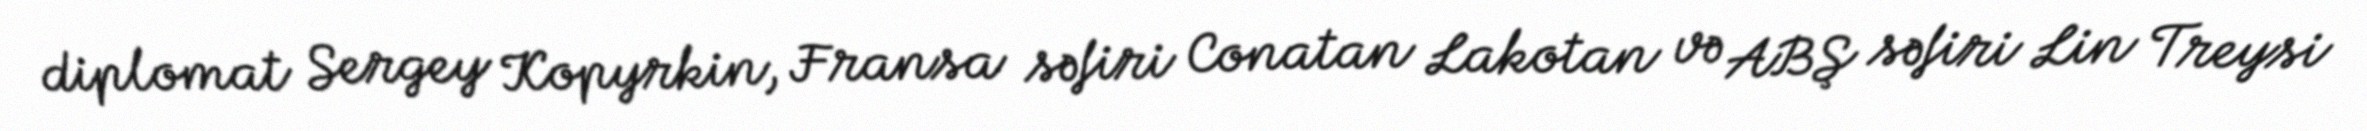
diplomat Sergey Kopyrkin, Fransa səfiri Conatan Lakotan və ABŞ səfiri Lin Treysi